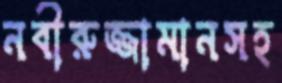
নবীরুজ্জামানসহ